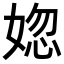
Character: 𡝲